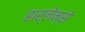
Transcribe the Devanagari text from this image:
हार्लेम्से